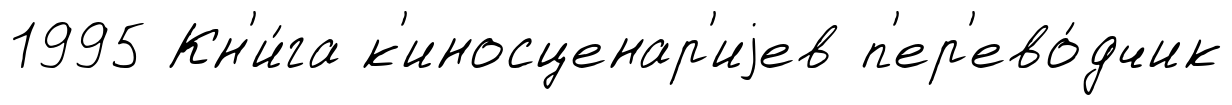
1995 Кн'и́га к'иносценар'иjев п'ер'ево́дчик